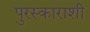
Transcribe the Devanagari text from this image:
पुरस्काराशी